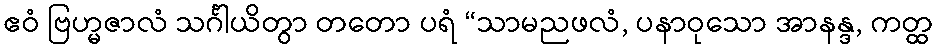
ဧဝံ ဗြဟ္မဇာလံ သင်္ဂါယိတွာ တတော ပရံ “သာမညဖလံ, ပနာဝုသော အာနန္ဒ, ကတ္ထ